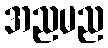
အညမည